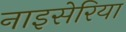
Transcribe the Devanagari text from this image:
नाइसेरिया